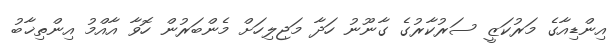
އިންޑިއާގެ މަރުކަޒީ ސަރުކާރުގެ ގާނޫނު ހަދާ މަޖިލިހަށް މެންބަރުން ހޮވާ އާއްމު އިންތިޚާބު